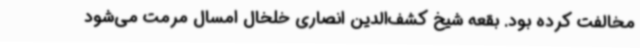
مخالفت کرده بود. بقعه شیخ کشف‌الدین انصاری خلخال امسال مرمت می‌شود